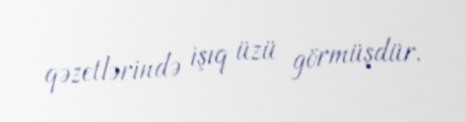
qəzetlərində işıq üzü görmüşdür.